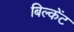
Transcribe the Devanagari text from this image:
बिल्केंट